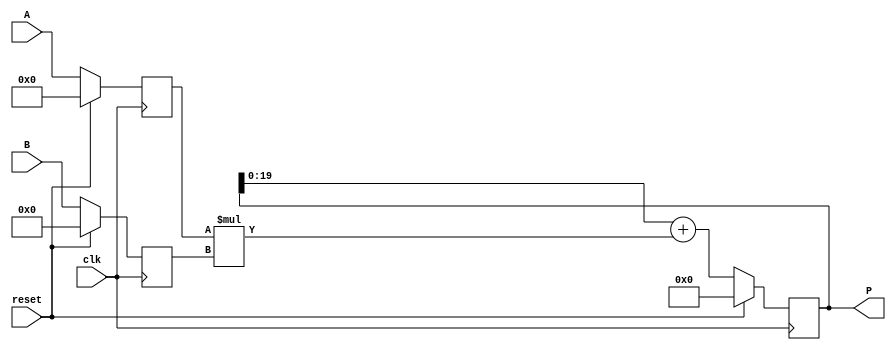
module dsp_add_mul_output_to_accum_20lsb (clk, reset, A, B, P);
	input clk, reset;
	input signed [19:0] A;
	input signed [17:0] B;
	output reg signed [37:0] P;
	reg signed [19:0] i1;
	reg signed [17:0] i2;
	reg signed [37:0] mul, adder;
	always @(posedge clk) begin
		if(reset == 1) begin
			i1 <= 0;
			i2 <= 0;
		end
		else begin
			i1 <= A;
			i2 <= B;
		end
	end
	always @(posedge clk) begin
		if (reset ==1 )
			P <= 0;
		else 
			P<= adder;

	end

	always @ (*)  begin
		mul  = i1 * i2;
	end

	always @ (*)  begin
			adder = P[19:0] + mul;
	end
endmodule